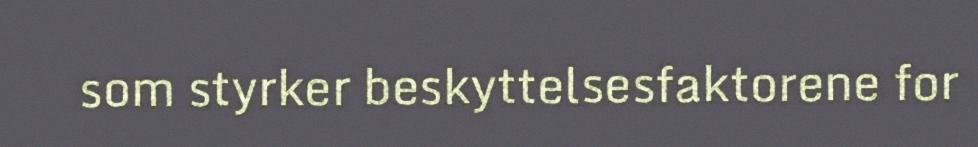
som styrker beskyttelsesfaktorene for